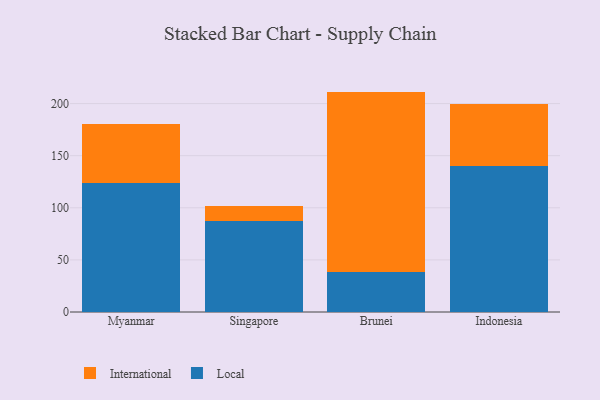
{"axis": {"x": "Country", "y": "Page Views"}, "legend": ["International", "Local"], "data": [{"x": "Myanmar", "y": 123.9, "type": "Local"}, {"x": "Myanmar", "y": 56.7, "type": "International"}, {"x": "Singapore", "y": 87.7, "type": "Local"}, {"x": "Singapore", "y": 13.7, "type": "International"}, {"x": "Brunei", "y": 38.8, "type": "Local"}, {"x": "Brunei", "y": 172.7, "type": "International"}, {"x": "Indonesia", "y": 139.8, "type": "Local"}, {"x": "Indonesia", "y": 60.2, "type": "International"}]}